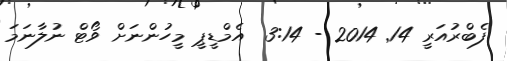
ފެބްރުއަރީ 14